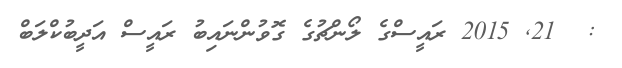
:  21